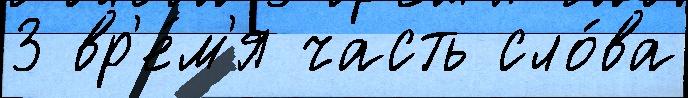
3 вр'е́м'я часть сло́ва